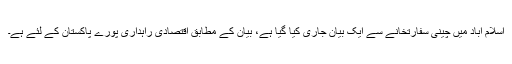
اسلام آباد میں چینی سفارتخانے سے ایک بیان جاری کیا گیا ہے، بیان کے مطابق اقتصادی راہداری پورے پاکستان کے لئے ہے۔